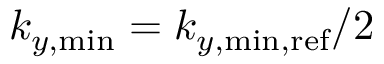
k _ { y , \mathrm { m i n } } = k _ { y , \mathrm { m i n , r e f } } / 2